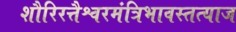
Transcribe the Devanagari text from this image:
शौरिरत्तैश्वरमंत्रिभावस्तत्याज